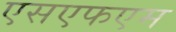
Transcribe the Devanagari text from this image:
एसएफएम